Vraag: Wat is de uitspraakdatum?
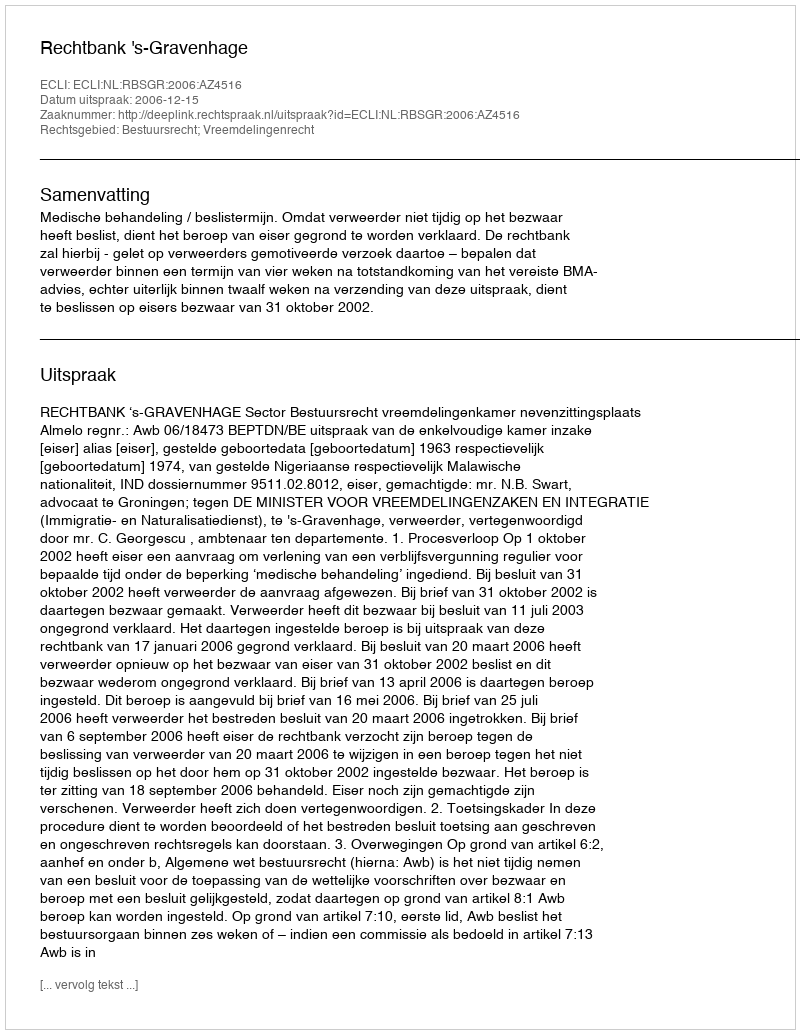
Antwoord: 2006-12-15